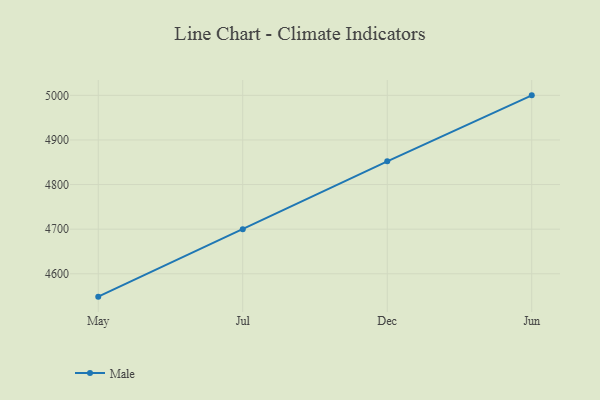
{"axis": {"x": "Month", "y": "Temperature (°C)"}, "legend": ["Male"], "data": [{"x": "May", "y": 4548.7, "type": "Male"}, {"x": "Jul", "y": 4699.8, "type": "Male"}, {"x": "Dec", "y": 4852.0, "type": "Male"}, {"x": "Jun", "y": 5000, "type": "Male"}]}